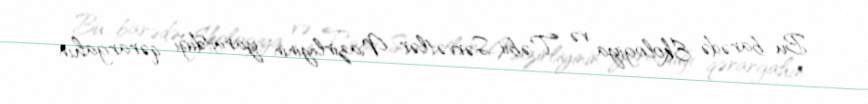
Bu barədə Ekologiya və Təbii Sərvətlər Nazirliyinin yaratdığı qərargahın